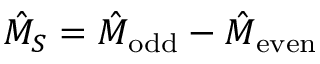
\hat { M } _ { S } = \hat { M } _ { \mathrm { o d d } } - \hat { M } _ { \mathrm { e v e n } }